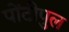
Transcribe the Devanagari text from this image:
पोंटीपुल